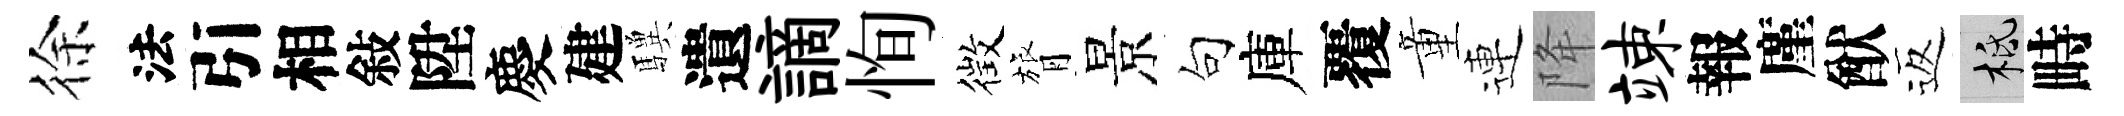
徐法引相敍陞慶建驥遺謫恂徴膂景句庫覆童連降竦報廑猷返柢畤